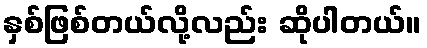
နှစ်ဖြစ်တယ်လို့လည်း ဆိုပါတယ်။